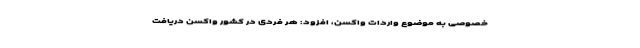
خصوصی به موضوع واردات واکسن، افزود: هر فردی در کشور واکسن دریافت